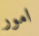
امور